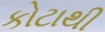
કોટાથી